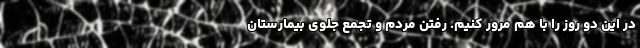
در این دو روز را با هم مرور کنیم. رفتن مردم و تجمع جلوی بیمارستان